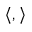
\langle , \rangle